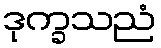
ဒုက္ခသညံ